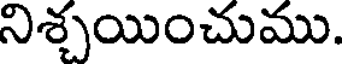
నిశ్చయించుము.